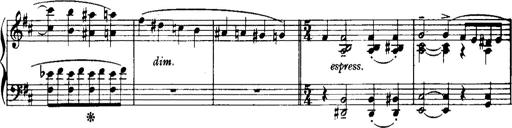
Title: Historische ungarische Bildnisse
Composer: Franz Liszt